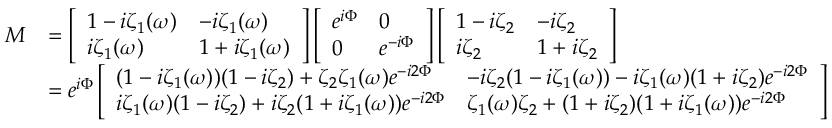
\begin{array} { r l } { M } & { = \left[ \begin{array} { l l } { 1 - i \zeta _ { 1 } ( \omega ) } & { - i \zeta _ { 1 } ( \omega ) } \\ { i \zeta _ { 1 } ( \omega ) } & { 1 + i \zeta _ { 1 } ( \omega ) } \end{array} \right] \left[ \begin{array} { l l } { e ^ { i \Phi } } & { 0 } \\ { 0 } & { e ^ { - i \Phi } } \end{array} \right] \left[ \begin{array} { l l } { 1 - i \zeta _ { 2 } } & { - i \zeta _ { 2 } } \\ { i \zeta _ { 2 } } & { 1 + i \zeta _ { 2 } } \end{array} \right] } \\ & { = e ^ { i \Phi } \left[ \begin{array} { l l } { ( 1 - i \zeta _ { 1 } ( \omega ) ) ( 1 - i \zeta _ { 2 } ) + \zeta _ { 2 } \zeta _ { 1 } ( \omega ) e ^ { - i 2 \Phi } } & { - i \zeta _ { 2 } ( 1 - i \zeta _ { 1 } ( \omega ) ) - i \zeta _ { 1 } ( \omega ) ( 1 + i \zeta _ { 2 } ) e ^ { - i 2 \Phi } } \\ { i \zeta _ { 1 } ( \omega ) ( 1 - i \zeta _ { 2 } ) + i \zeta _ { 2 } ( 1 + i \zeta _ { 1 } ( \omega ) ) e ^ { - i 2 \Phi } } & { \zeta _ { 1 } ( \omega ) \zeta _ { 2 } + ( 1 + i \zeta _ { 2 } ) ( 1 + i \zeta _ { 1 } ( \omega ) ) e ^ { - i 2 \Phi } } \end{array} \right] } \end{array}